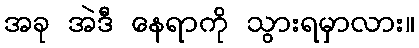
အခု အဲဒီ နေရာကို သွားရမှာလား။